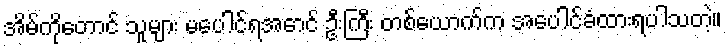
အိမ်ကိုတောင် သူများ မပေါင်ရအောင် ဦးကြီး တစ်ယောက်က အပေါင်ခံထားရပါသတဲ့။